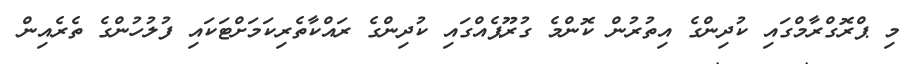
މި ޕްރޮގްރާމްގައި ކުދިންގެ އިތުރުން ކޮންމެ ގުރޫޕެއްގައި ކުދިންގެ ރައްކާތެރިކަމަށްޓަކައި ފުލުހުންގެ ތެރެއިން